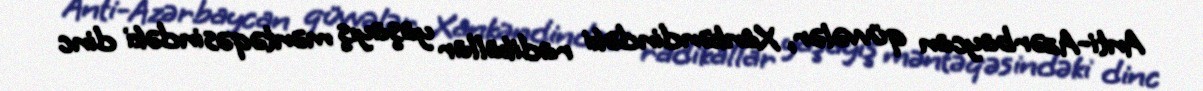
Anti-Azərbaycan qüvvələr, Xankəndindəki radikallar yaşayış məntəqəsindəki dinc